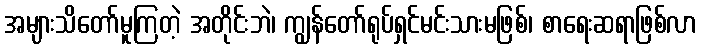
အများသိတော်မူကြတဲ့ အတိုင်းဘဲ၊ ကျွန်တော်ရုပ်ရှင်မင်းသားမဖြစ်၊ စာရေးဆရာဖြစ်လာ